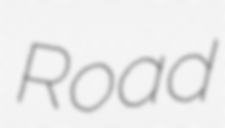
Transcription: Road